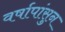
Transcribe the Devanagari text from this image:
वर्षापांसुन